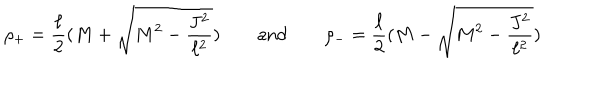
LaTeX: \rho _ { + } = \frac \ell 2 ( M + \sqrt { M ^ { 2 } - \frac { J ^ { 2 } } { \ell ^ { 2 } } } ) \qquad \mathrm { a n d } \qquad \rho _ { - } = \frac \ell 2 ( M - \sqrt { M ^ { 2 } - \frac { J ^ { 2 } } { \ell ^ { 2 } } } ) \qquad